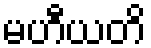
မဟီယတိ